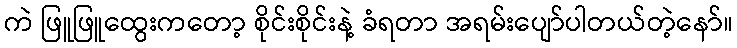
ကဲ ဖြူဖြူထွေးကတော့ စိုင်းစိုင်းနဲ့ ခံရတာ အရမ်းပျော်ပါတယ်တဲ့နော်။